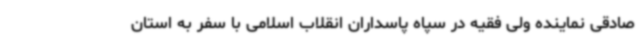
صادقی نماینده ولی فقیه در سپاه پاسداران انقلاب اسلامی با سفر به استان